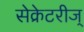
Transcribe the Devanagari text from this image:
सेक्रेटरीज्